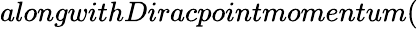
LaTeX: alongwithDiracpointmomentum(